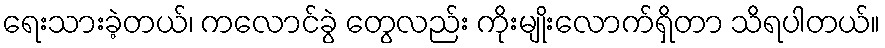
ရေးသားခဲ့တယ်၊ ကလောင်ခွဲ တွေလည်း ကိုးမျိုးလောက်ရှိတာ သိရပါတယ်။